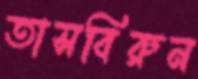
তাসবিরুন